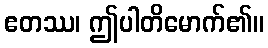
ဧတဿ၊ ဤပါတိမောက်၏။